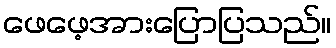
ဖေဖေ့အားပြောပြသည်။